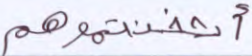
أثخنتموهم